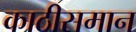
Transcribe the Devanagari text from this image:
काठीसमान